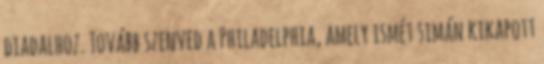
diadalhoz. Tovább szenved a Philadelphia, amely ismét simán kikapott